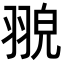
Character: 𦑀